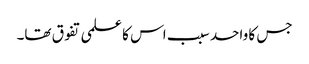
جس کا واحد سبب اس کا علمی تفوق تھا۔